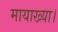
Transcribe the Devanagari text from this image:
मायाख्या।